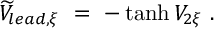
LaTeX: \widetilde V _ { l e a d , \xi } \ = \ - \operatorname { t a n h } V _ { 2 \xi } \ .